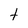
Character: t